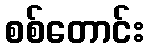
စစ်တောင်း